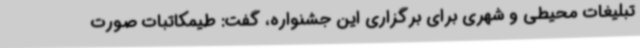
تبلیغات محیطی و شهری برای برگزاری این جشنواره، گفت: طیمکاتبات صورت